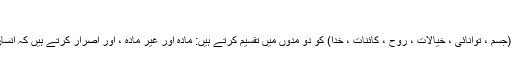
”
لکھاری ٹولے تمام وجودات (جسم ، توانائی ، خیالات ، روح ، کائنات ، خدا) کو دو مدوں میں تقسیم کرتے ہیں: مادّہ اور غیر مادّہ ، اور اصرار کرتے ہیں کہ انسان خود کو غیر مادہ سمجھے۔